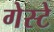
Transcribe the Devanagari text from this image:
गेस्टे